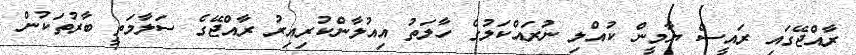
ރާއްޖޭގައި ރައީސް ޔާމީން ކުއްލި ނުރައްކަލުގެ ހާލަތު އިއުލާންކުރިއިރު ރާއްޖޭގެ ސަލާމަތީ ބާރުތަކުން